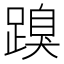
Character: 䠗